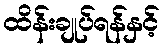
ထိန်းချုပ်ရန်နှင့်